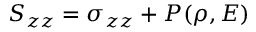
S _ { z z } = \sigma _ { z z } + P ( \rho , E )